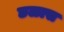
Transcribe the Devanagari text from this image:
छळास